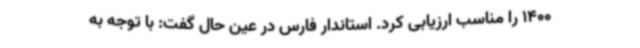
1400 را مناسب ارزیابی کرد. استاندار فارس در عین حال گفت: با توجه به